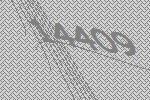
14409